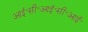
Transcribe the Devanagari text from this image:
आई॰सी॰आई॰सी॰आई॰